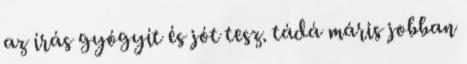
az írás gyógyít és jót tesz. tádá máris jobban